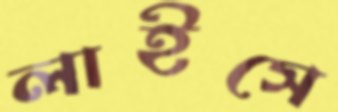
লাইসে